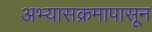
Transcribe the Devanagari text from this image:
अभ्यासक्रमापासून